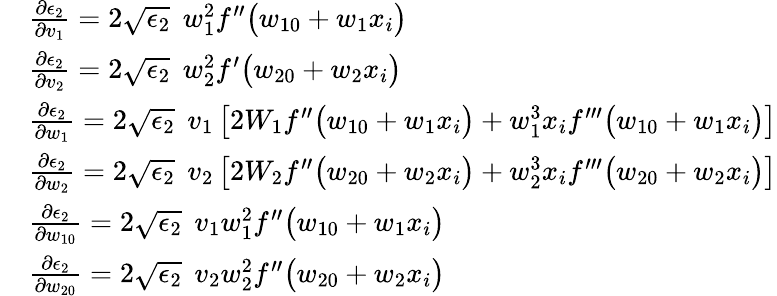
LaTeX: \begin{array}{rl}&{\frac{\partial\epsilon_{2}}{\partial v_{1}}=2\sqrt{\epsilon_{2}}\: \: w_{1}^{2}f^{\prime\prime}\big(w_{10}+w_{1}x_{i}\big)}\\ &{\frac{\partial\epsilon_{2}}{\partial v_{2}}=2\sqrt{\epsilon_{2}}\: \: w_{2}^{2}f^{\prime}\big(w_{20}+w_{2}x_{i}\big)}\\ &{\frac{\partial\epsilon_{2}}{\partial w_{1}}=2\sqrt{\epsilon_{2}}\: \: v_{1}\left[2W_{1}f^{\prime\prime}\big(w_{10}+w_{1}x_{i}\big)+w_{1}^{3}x_{i}f^{\prime\prime\prime}\big(w_{10}+w_{1}x_{i}\big)\right]}\\ &{\frac{\partial\epsilon_{2}}{\partial w_{2}}=2\sqrt{\epsilon_{2}}\: \: v_{2}\left[2W_{2}f^{\prime\prime}\big(w_{20}+w_{2}x_{i}\big)+w_{2}^{3}x_{i}f^{\prime\prime\prime}\big(w_{20}+w_{2}x_{i}\big)\right]}\\ &{\frac{\partial\epsilon_{2}}{\partial w_{10}}=2\sqrt{\epsilon_{2}}\: \: v_{1}w_{1}^{2}f^{\prime\prime}\big(w_{10}+w_{1}x_{i}\big)}\\ &{\frac{\partial\epsilon_{2}}{\partial w_{20}}=2\sqrt{\epsilon_{2}}\: \: v_{2}w_{2}^{2}f^{\prime\prime}\big(w_{20}+w_{2}x_{i}\big)}\end{array}